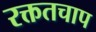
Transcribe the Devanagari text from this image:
रक्ततचाप